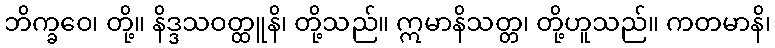
ဘိက္ခဝေ၊ တို့။ နိဒ္ဒသဝတ္ထူနိ၊ တို့သည်။ ဣမာနိသတ္တ၊ တို့ဟူသည်။ ကတမာနိ၊